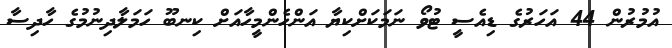
އުމުރުން 44 އަހަރުގެ ޑިއެސީ ޓުވޯ ނަމަކަށްކިޔާ އަންހެންމީހާއަށް ކިނބޫ ހަމަލާދިނުމުގެ ހާދިސާ